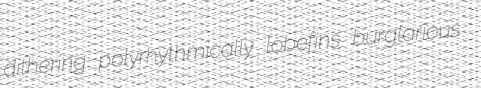
dithering polyrhythmically lobefins burglarious